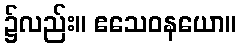
၌လည်း။ ဧသေဝနယော။